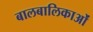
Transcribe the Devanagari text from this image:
बालबालिकाओं